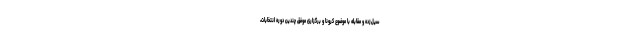
سیل‌زده و مقابله با موضوع کرونا و برگزاری موفق چندین دوره انتخابات،